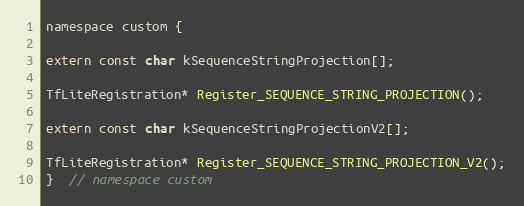
Language: C
namespace custom {

extern const char kSequenceStringProjection[];

TfLiteRegistration* Register_SEQUENCE_STRING_PROJECTION();

extern const char kSequenceStringProjectionV2[];

TfLiteRegistration* Register_SEQUENCE_STRING_PROJECTION_V2();
}  // namespace custom